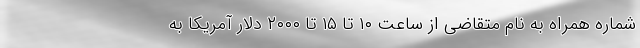
شماره همراه به نام متقاضی از ساعت ۱۰ تا ۱۵ تا ۲۰۰۰ دلار آمریکا به